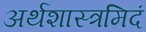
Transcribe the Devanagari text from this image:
अर्थशास्त्रमिदं